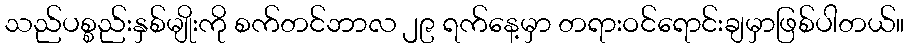
သည်ပစ္စည်းနှစ်မျိုးကို စက်တင်ဘာလ ၂၉ ရက်နေ့မှာ တရားဝင်ရောင်းချမှာဖြစ်ပါတယ်။